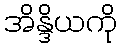
အိန္ဒိယကို